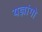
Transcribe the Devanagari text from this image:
यज्ञांगो